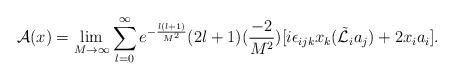
LaTeX: \begin{align*}{\cal A}(x)=\lim_{M\rightarrow\infty}\sum_{l=0}^{\infty} e^{-\frac{l(l+1)}{M^2}}(2l+1)(\frac{-2}{M^2})[i\epsilon_{ijk} x_k(\tilde{\cal L}_i a_j)+2x_i a_i].\end{align*}